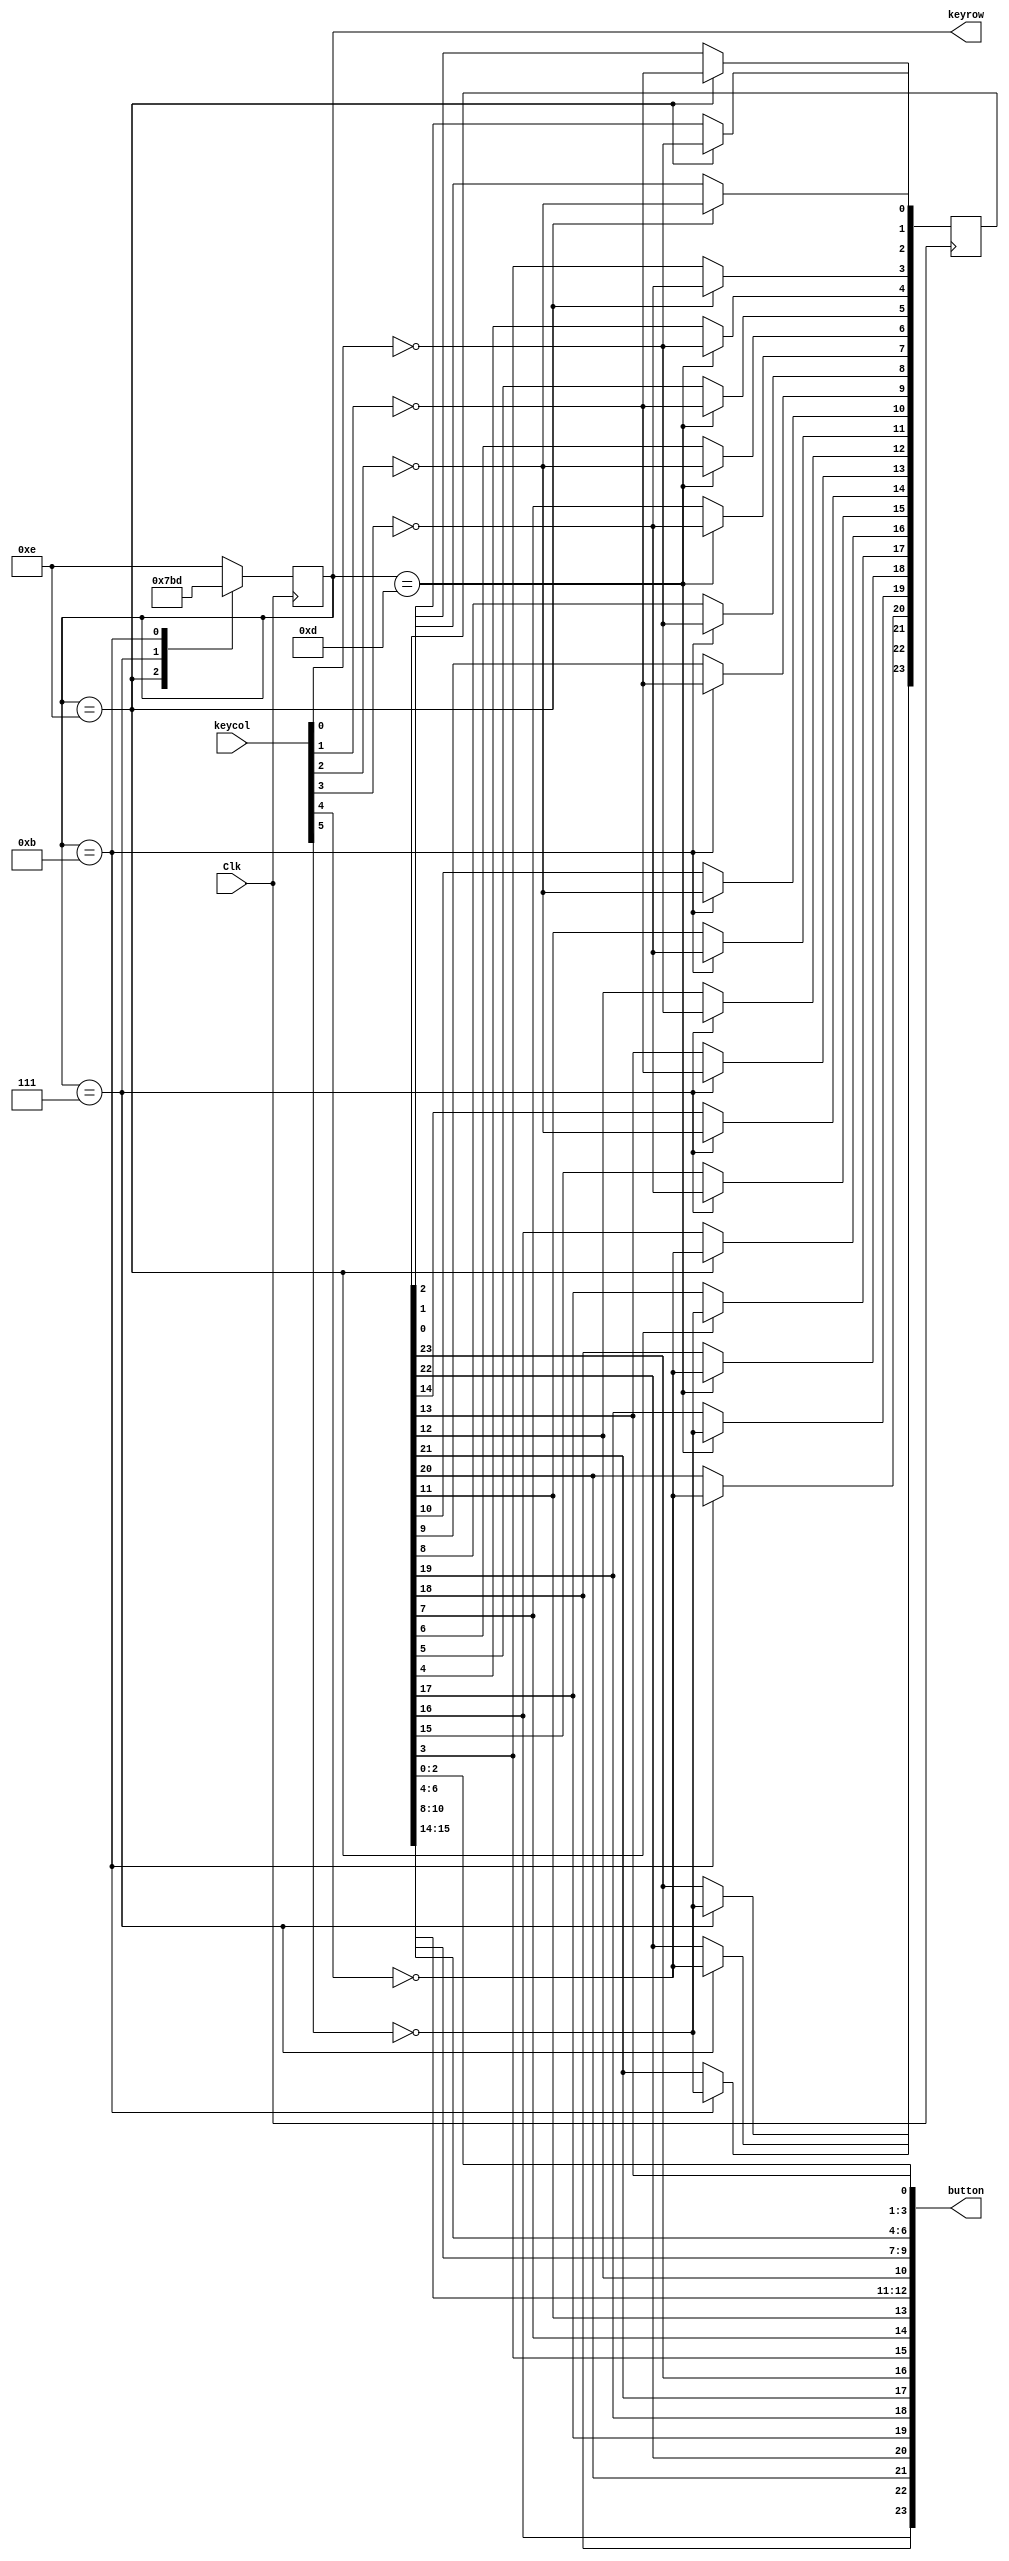
//Verilog HDL for "Board_lib", "Keyboard" 
// Author J Pepper
// Date 09/05/2023

module Keyboard ( 
output reg [23:0] button, 
output reg [3:0]  keyrow,
input wire [5:0] keycol,
input wire Clk
 );
  

  reg [23:0] button_raw;

  
  initial keyrow = 4'b1110;
  
   // Keyboard and matrixed switches A-H
 // Scan the keyboard and switches by activating the keyrows in turn
 // Extra tristate buffer is used on the actual output of the fpga to protect from non-diode keyboard and switches
 always @(posedge Clk)
  begin
   case(keyrow)
    4'b1110 : keyrow <= 4'b0111;
    4'b0111 : keyrow <= 4'b1011;
    4'b1011 : keyrow <= 4'b1101;
    4'b1101 : keyrow <= 4'b1110;
    default : keyrow <= 4'b1110; 
   endcase
  end
 
// Determine which button has been pressed - does not work for multiple buttons being pressed at the same time on matrix keyboard
// Does work for multiple switches pressed SW A-H
always @(posedge Clk)
 begin
  case(keyrow)
   'b1110 : begin 
             button_raw[0] <= ~keycol[0];// 1
             button_raw[1] <= ~keycol[1]; // 2  
             button_raw[2] <= ~keycol[2]; // 3
             button_raw[3] <= ~keycol[3]; // F
	     button_raw[16] <= ~keycol[4]; // SW-A 
             button_raw[17] <= ~keycol[5]; // SW-E
	    end 
   'b1101 : begin
             button_raw[4] <= ~keycol[0]; // 4
             button_raw[5] <= ~keycol[1]; // 5 
             button_raw[6] <= ~keycol[2]; // 6
             button_raw[7] <= ~keycol[3]; // E
	     button_raw[18] <= ~keycol[4]; // SW-B
             button_raw[19] <= ~keycol[5]; // SW-F
	    end
   'b1011 : begin
             button_raw[8]  <= ~keycol[0]; // 7
             button_raw[9]  <= ~keycol[1]; // 8  
             button_raw[10] <= ~keycol[2]; // 9
             button_raw[11] <= ~keycol[3]; // D
	     button_raw[20] <= ~keycol[4]; // SW-C
             button_raw[21] <= ~keycol[5]; // SW-G 
	    end
   'b0111 : begin
             button_raw[12] <= ~keycol[0]; // A
             button_raw[13] <= ~keycol[1]; // 0
             button_raw[14] <= ~keycol[2]; // B
             button_raw[15] <= ~keycol[3]; // C
             button_raw[22] <= ~keycol[4]; // SW-D
             button_raw[23] <= ~keycol[5]; // SW-H
            end
  endcase
 end 
 
 always @(*)
  begin
   button[0] = button_raw[13];
   button[1] = button_raw[0];
   button[2] = button_raw[1];
   button[3] = button_raw[2];
   button[4] = button_raw[4];
   button[5] = button_raw[5];
   button[6] = button_raw[6];
   button[7] = button_raw[8];
   button[8] = button_raw[9];
   button[9] = button_raw[10];
   button[10] = button_raw[12];
   button[11] = button_raw[14];
   button[12] = button_raw[15];
   button[13] = button_raw[11];
   button[14] = button_raw[7];
   button[15] = button_raw[3];
   // JSP 9-6-2023
   // Remap of lower scanned buttons
   button[16] = button_raw[23]; // 2^0 SW-H
   button[17] = button_raw[21]; // 2^1 SW-G
   button[18] = button_raw[19]; // 2^2 SW-F
   button[19] = button_raw[17]; // 2^3 SW-E
   button[20] = button_raw[22]; // 2^4 SW-D
   button[21] = button_raw[20]; // 2^5 SW-C
   button[22] = button_raw[18]; // 2^6 SW-B
   button[23] = button_raw[16]; // 2^7 SW-A
  end

 
 
 
 
 
 
 
 
 
 
endmodule